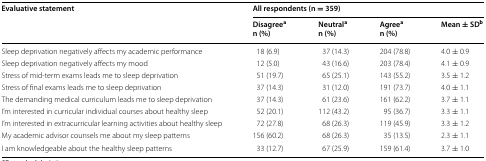
| <ROWSPAN=2> Evaluative statement | <COLSPAN=4> All respondents (n = 359) |
 | Disagreean (%) | Neutralan (%) | Agreean (%) | Mean ± SDb |
 | --- | --- | --- | --- | --- |
 | Sleep deprivation negatively affects my academic performance | 18 (6.9) | 37 (14.3) | 204 (78.8) | 4.0 ± 0.9 |
 | Sleep deprivation negatively affects my mood | 12 (5.0) | 43 (16.6) | 203 (78.4) | 4.1 ± 0.9 |
 | Stress of mid-term exams leads me to sleep deprivation | 51 (19.7) | 65 (25.1) | 143 (55.2) | 3.5 ± 1.2 |
 | Stress of final exams leads me to sleep deprivation | 37 (14.3) | 31 (12.0) | 191 (73.7) | 4.0 ± 1.1 |
 | The demanding medical curriculum leads me to sleep deprivation | 37 (14.3) | 61 (23.6) | 161 (62.2) | 3.7 ± 1.1 |
 | I’m interested in curricular individual courses about healthy sleep | 52 (20.1) | 112 (43.2) | 95 (36.7) | 3.3 ± 1.1 |
 | I’m interested in extracurricular learning activities about healthy sleep | 72 (27.8) | 68 (26.3) | 119 (45.9) | 3.3 ± 1.2 |
 | My academic advisor counsels me about my sleep patterns | 156 (60.2) | 68 (26.3) | 35 (13.5) | 2.3 ± 1.1 |
 | I am knowledgeable about the healthy sleep patterns | 33 (12.7) | 67 (25.9) | 159 (61.4) | 3.7 ± 1.0 |